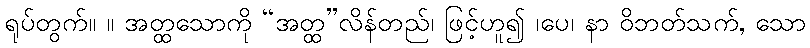
ရုပ်တွက်။ ။ အတ္ထသောကို “အတ္ထ”လိန်တည်၊ ဖြင့်ဟူ၍ ၊ပေ၊ နာ ဝိဘတ်သက်, သော